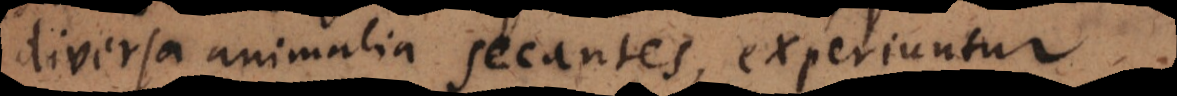
diversa animalia secantes, experiuntur.